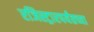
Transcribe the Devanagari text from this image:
रजिस्ट्रारपर्यंतच्या